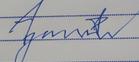
Signature authenticity: forged